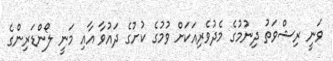
ވަނީ ރިޝްވަތު ދިނުމުގެ މެދުވެރިއަކަށް ވުމުގެ ކުށުގެ ދައުވާ އާއި މަނީ ލޯންޑަރިންގެ